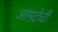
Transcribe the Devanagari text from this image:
आमटेंची